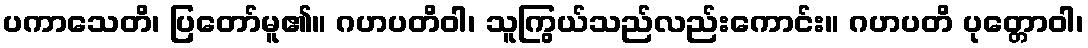
ပကာသေတိ၊ ပြတော်မူ၏။ ဂဟပတိဝါ၊ သူကြွယ်သည်လည်းကောင်း။ ဂဟပတိ ပုတ္တောဝါ၊